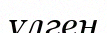
үлген